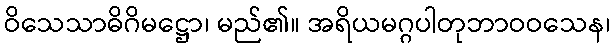
ဝိသေသာဓိဂိမဋ္ဌော၊ မည်၏။ အရိယမဂ္ဂပါတုဘာဝဝသေန၊